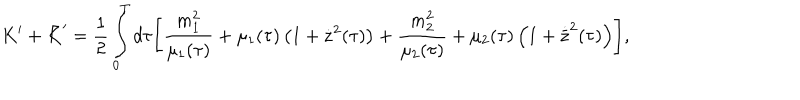
LaTeX: K ^ { \prime } + \bar { K } ^ { \prime } = \frac { 1 } { 2 } \int _ { 0 } ^ { T } d \tau \Biggl [ \frac { m _ { 1 } ^ { 2 } } { \mu _ { 1 } ( \tau ) } + \mu _ { 1 } ( \tau ) \left( 1 + \dot { \bf z } ^ { 2 } ( \tau ) \right) + \frac { m _ { 2 } ^ { 2 } } { \mu _ { 2 } ( \tau ) } + \mu _ { 2 } ( \tau ) \left( 1 + \dot { \bar { \bf z } } ^ { 2 } ( \tau ) \right) \Biggr ] ,